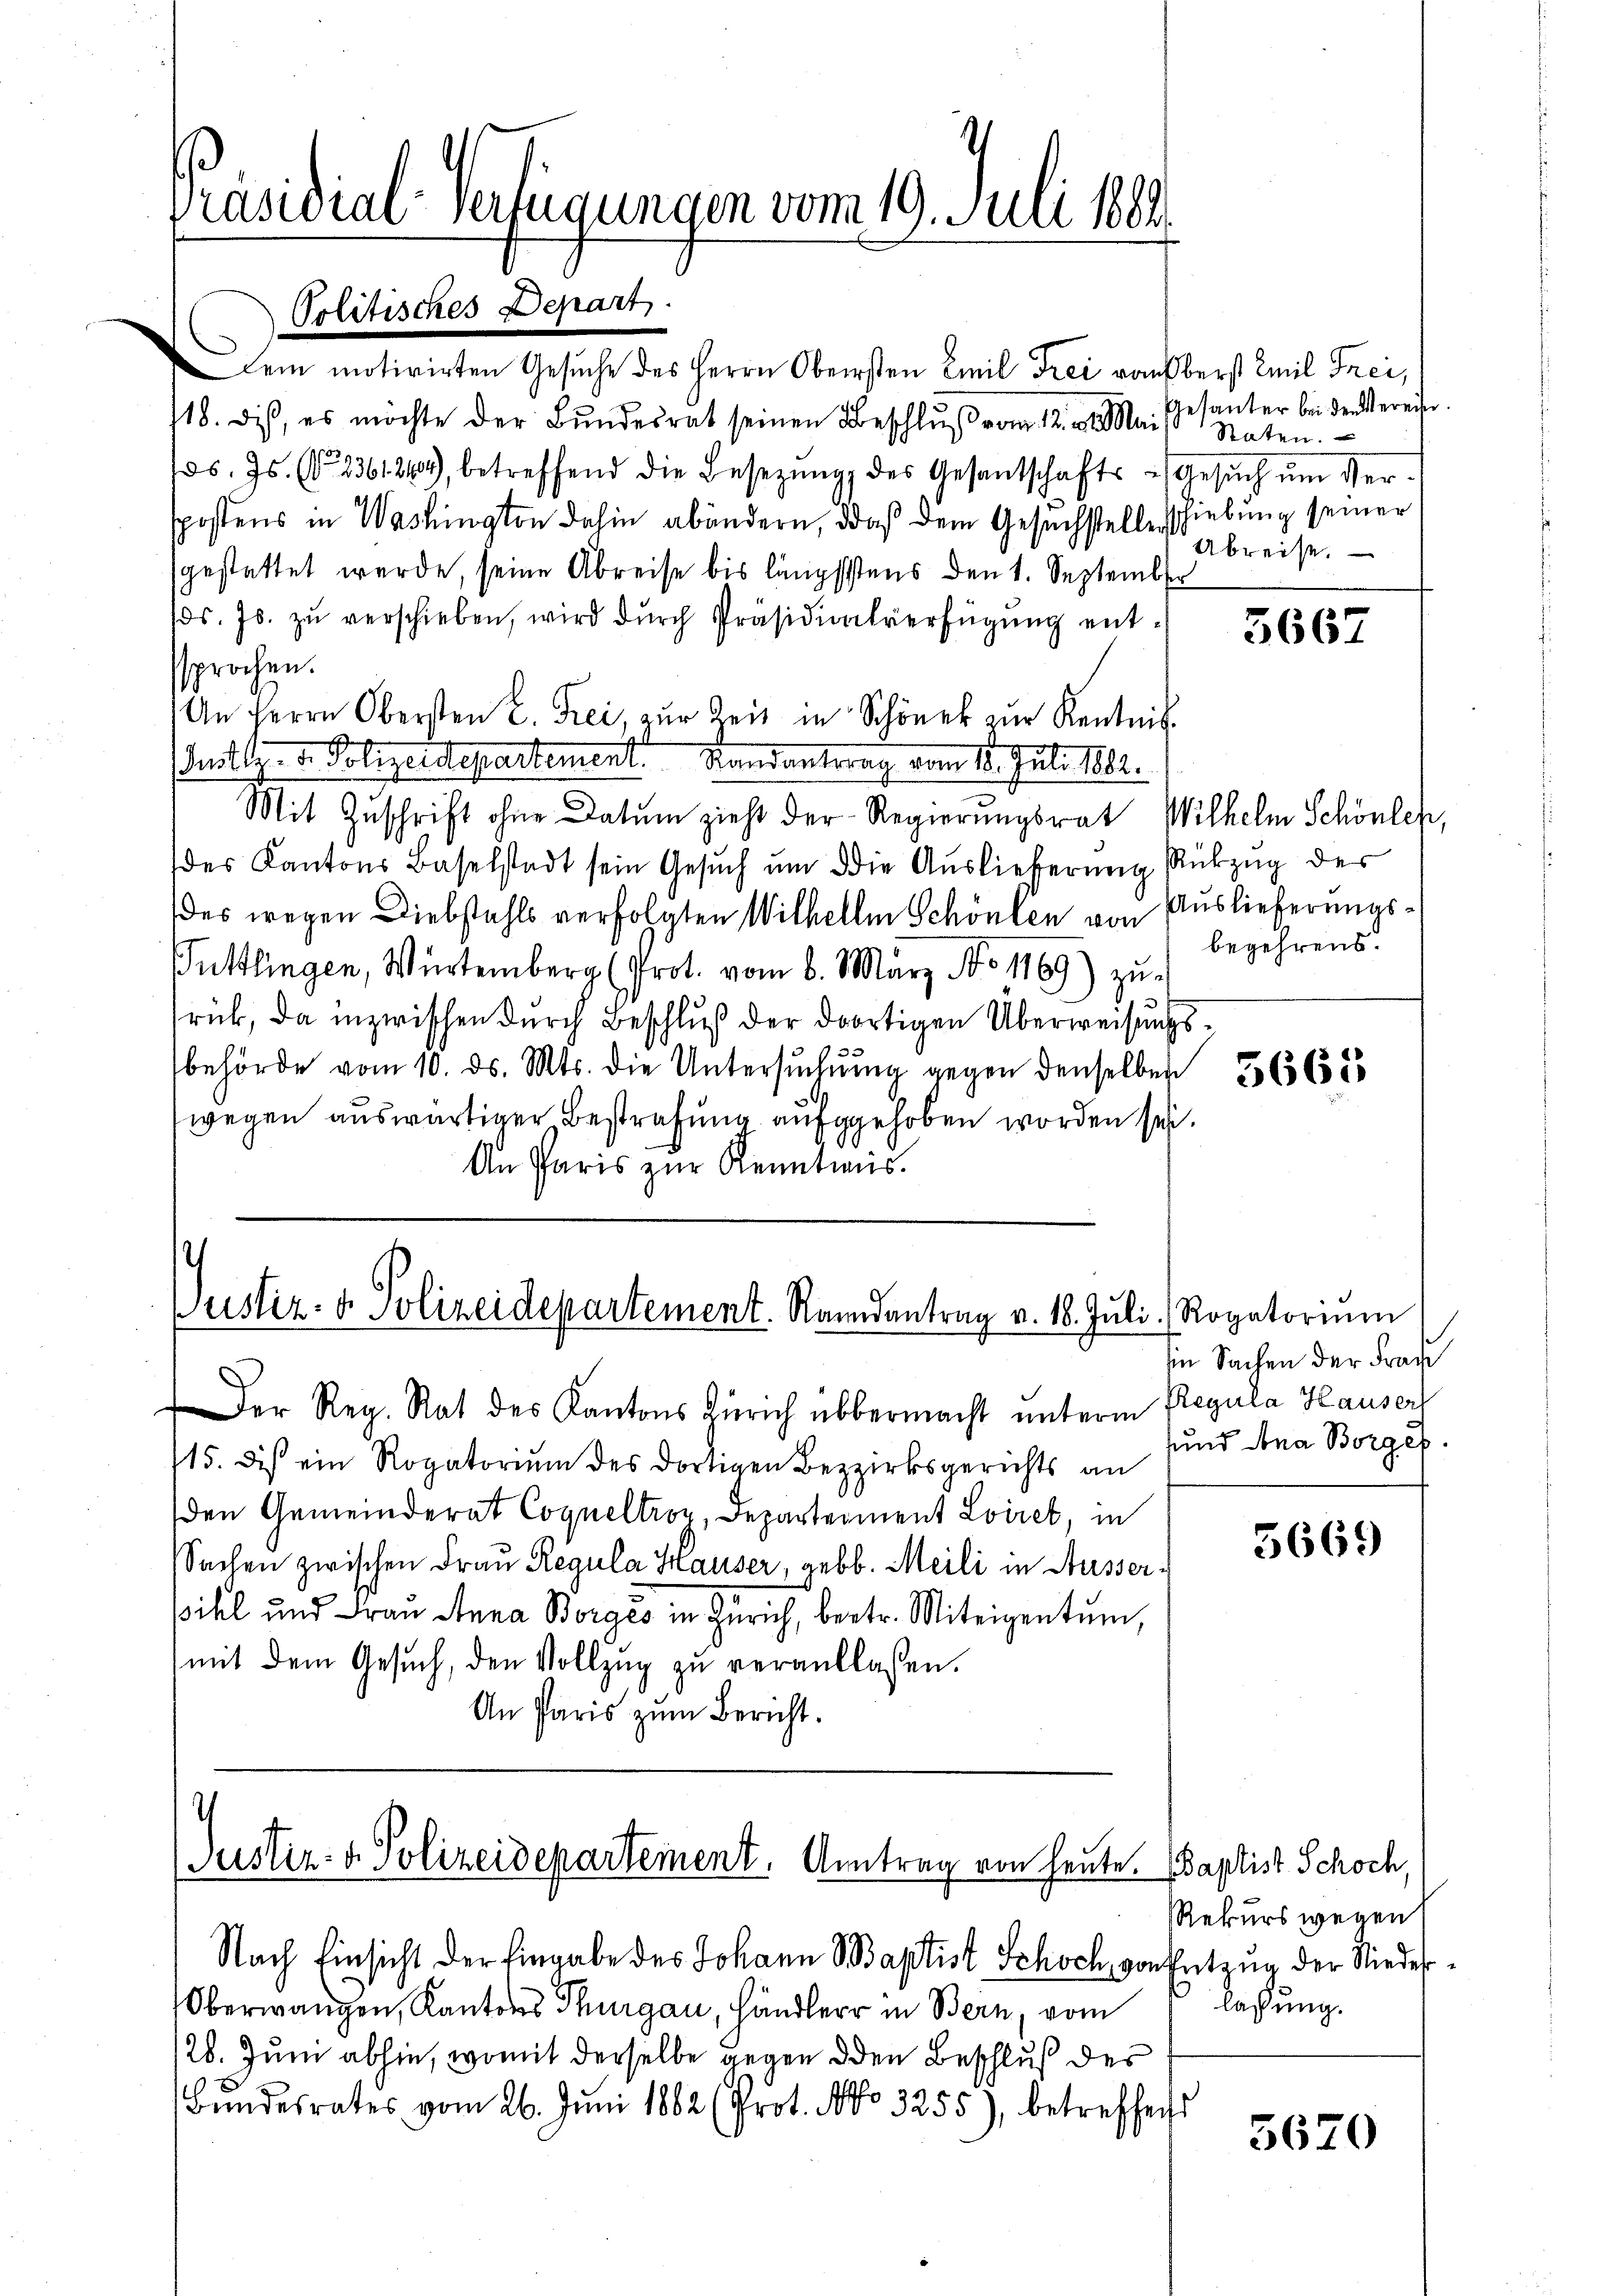
Präsidial-Verfügungen vom 19. Juli 1889
Politisches Depart.

Dei motivirten Gesuche des Herrn Obersten Emil Frei von Oberst Emil Frei,
18. dieß, es möchte der Bundesrat seinen Beschluß vom 12. v. Mai
s. Js. No 2361244), betreffend die Besetzŭng des Gesantschafts-Gesŭch ŭm Ver-
spostens in Washington dahin abändern, daß dem Gesuchstelle schiebung seiner
gestattet werde, seine Abreise bis längstens den 1. September
ds. Js. zŭ verschieben, wird dŭrch Präsidialverfügŭng ent-
sprochen.
An Herrn Obersten 2. Frei, zŭr Zeit in Schöner zur Kentnis
utty u. Polizeidepartement. Landantrag vom 13. Juli 1861.
Mit Zuschrift ohne Datum zieht der Regierungsrat Wilhelm Schönler,
des Kantons Baselstadt sein Gesŭch ŭm die Aŭslieferŭng Rükzŭg des
des wegen Diebstahls verfolgten Wilhelm Schönten von Auslieferungs¬
Tuttlingen, Würtemberg (Prot. vom 6. März No. 1869) zu
rück, da inzwischen durch Beschluß der dortigen Überweisungsbehörde vom 10. ds. Mts. die Untersuchung gegen denselben
wegen auswärtiger Bestrafung aufgehoben worden sei.
An Paris zur Kenntweis.

Der Reg. Rat des Kantons Zürich übermacht unterm Regula Hauser
15. dis ein Rogatorium des dortigen Bezirksgerichts an
den Gemeinderat Coqueltroz, Departement Lviret in
sSachen zwischen Frau Regula Hauser, gebb. Meili in Ausserihl und Frau Anna Borges in Zürich, betr. Miteigentum,
mit dem Gesuch, den Vollzug zu verantlassen.
An Paris zum Bericht.

.
Justiz- & Polizeidepartement. Randantrag v. 18. Jŭli Rogatorium

Justiz- & Polizeidepartement. Antrag von heute.
Nach Einsicht der Eingabe des Johann Baptist Schoch, von Entzug der Nieder¬

Oberwangen, Kantons Thurgau, Händler in Bern, vom
/26. Juni abhin, womit derselbe gegen den Beschluß des
Bundesrates vom 26. Juni 1882 (Prot. No 3255), betreffend

Gesanter bei den bereiter
Staten.
Abreise.

3667

begehrens

5665

in Sachen der Fraue
und Ana Borges

5669

daptist Schoch,
Rekurs wegen
lassung.

5670